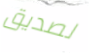
لصديق